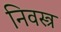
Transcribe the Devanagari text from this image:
निवस्त्र